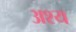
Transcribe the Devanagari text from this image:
अश्य